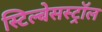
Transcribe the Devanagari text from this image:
स्टिल्बेसस्ट्रॉल